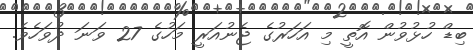
ބިޑް ހުޅުވުން އޮތީ މި އަހަރުގެ ޖެނުއަރީ މަހުގެ 27 ވަނަ ދުވަހެވެ.